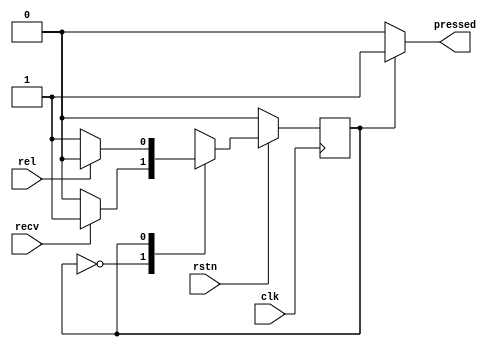
`timescale 1ns / 1ps
//////////////////////////////////////////////////////////////////////////////////
// Company: Tel-Aviv University
// 
// Design Name: 
// Module Name: IDLE_PRESSED_Ctl
// Project Name: 
// Target Devices: 
// Tool Versions: 
// Description: 
// 
// Dependencies: 
// 
// Revision:
// Revision 0.01 - File Created
// Additional Comments:
// 
//////////////////////////////////////////////////////////////////////////////////


module IDLE_PRESSED_Ctl(
    input clk,
    input rstn,
    input recv,
    input rel,
    output pressed
    );
    localparam IDLE = 1'b0, PRESSED = 1'b1;
    reg state;
    
    //----- Transition function ------//
    always @(negedge clk)
    begin
            if(rstn==1'b0)
                    state <= IDLE;
            else
                    case(state)
                            IDLE:       if(recv==1'b1)
                                                state <= PRESSED;
                                        else
                                                state <= IDLE;
                            PRESSED:    if(rel==1'b1)
                                                state <= IDLE;
                                        else
                                                state <= PRESSED;
                        
                            default:    state <= IDLE;
                     endcase
                            
    end
    //----- Output function -----//
    assign pressed = (state == PRESSED)? 1'b1:1'b0;
    
    
    
    
    
    
    
endmodule